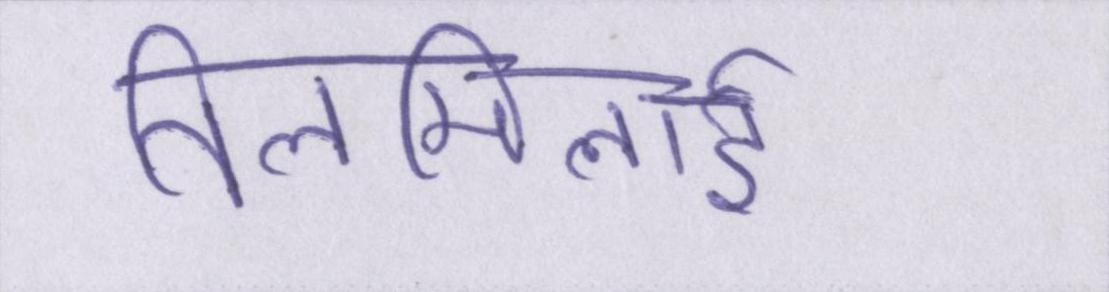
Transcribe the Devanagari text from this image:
तिलमिलाई